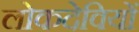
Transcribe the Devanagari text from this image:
लोकदेवियों